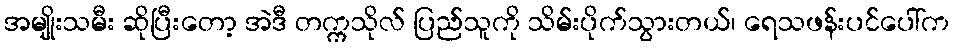
အမျိုးသမီး ဆိုပြီးတော့ အဲဒီ တက္ကသိုလ် ပြည်သူကို သိမ်းပိုက်သွားတယ်၊ ရေသဖန်းပင်ပေါ်က